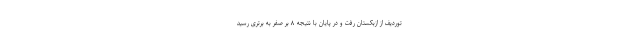
توردیف از ازبکستان رفت و در پایان با نتیجه ۸ بر صفر به برتری رسید